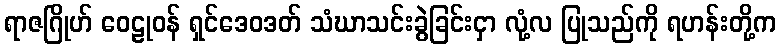
ရာဇဂြိုဟ် ဝေဠုဝန် ရှင်ဒေဝဒတ် သံဃာသင်းခွဲခြင်းငှာ လုံ့လ ပြုသည်ကို ရဟန်းတို့က